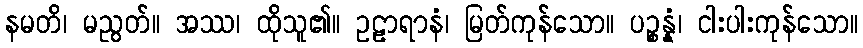
နမတိ၊ မညွတ်။ အဿ၊ ထိုသူ၏။ ဥဠာရာနံ၊ မြတ်ကုန်သော။ ပဉ္စန္နံ၊ ငါးပါးကုန်သော။